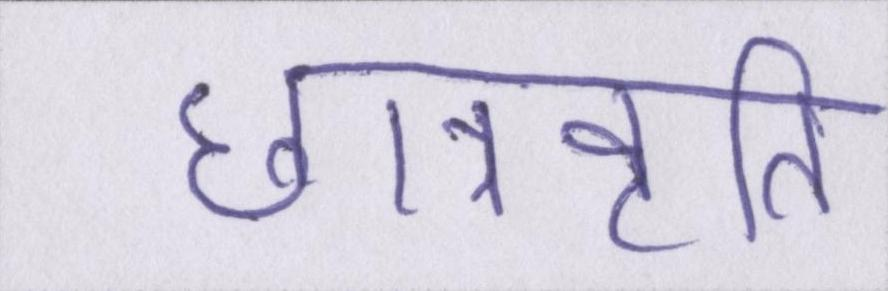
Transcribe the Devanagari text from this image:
छात्रवृति